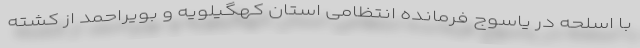
با اسلحه در یاسوج فرمانده انتظامی استان کهگیلویه و بویراحمد از کشته